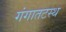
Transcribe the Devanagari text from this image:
गंगातटस्थ